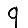
Digit: 9